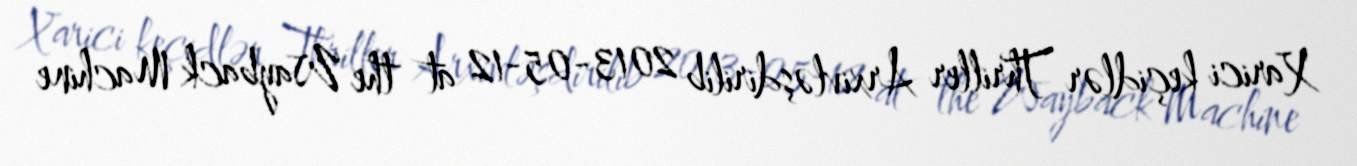
Xarici keçidlər Thriller Arxivləşdirilib 2013-05-12 at the Wayback Machine